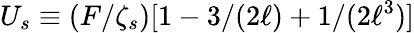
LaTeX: U_{s}\equiv(F/\zeta_{s})[1-3/(2\ell)+1/(2\ell^{3})]